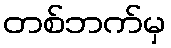
တစ်ဘက်မှ